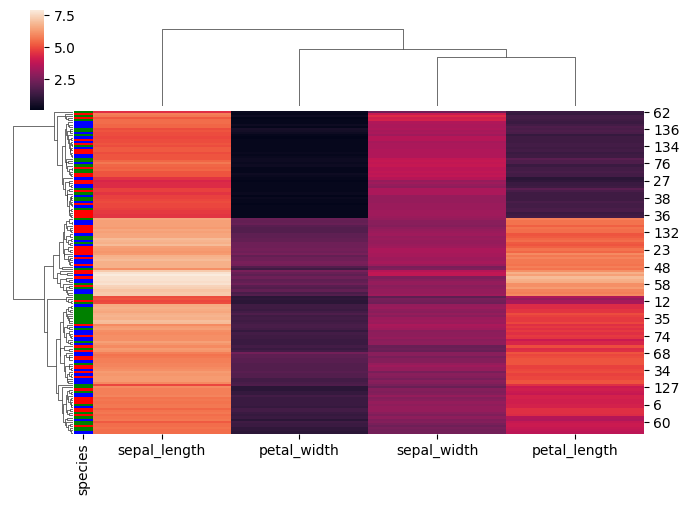
python, seaborn, clustermap, figsize=(7, 5), row_cluster=True, dendrogram_ratio=(0.1, 0.2), cbar_pos=(0.05, 0.8, 0.02, 0.2)